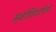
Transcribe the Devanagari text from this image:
सर्वातिशायिनी